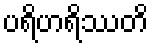
ပရိဟရိဿတိ